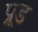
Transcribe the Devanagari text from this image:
प्रूड